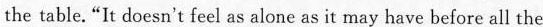
the table."It doesn't feel as a!one as it may have before ali the